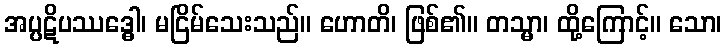
အပ္ပဋိပဿဒ္ဓေါ၊ မငြိမ်သေးသည်။ ဟောတိ၊ ဖြစ်၏။ တသ္မာ၊ ထို့ကြောင့်။ သော၊